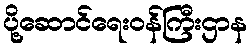
ပို့ဆောင်ရေးဝန်ကြီးဌာန